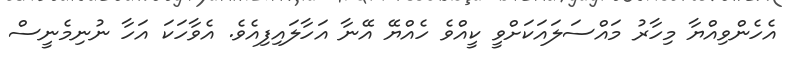
އެހެންވިއްޔާ މިހާރު މައްސަލައަކަށްވީ ކީއްވެ ހެއްޔޭ އޭނާ އަހާލައިފިއެވެ. އެވާހަކަ އަހާ ނުނިމެނީސް